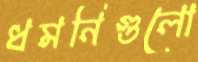
ধমনিগুলো